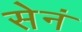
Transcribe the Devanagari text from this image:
सेनं